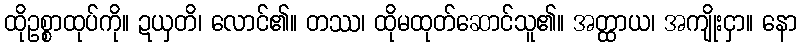
ထိုဥစ္စာထုပ်ကို။ ဍယှတိ၊ လောင်၏။ တဿ၊ ထိုမထုတ်ဆောင်သူ၏။ အတ္ထာယ၊ အကျိုးငှာ။ နော